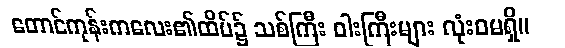
တောင်ကုန်းကလေး၏ထိပ်၌ သစ်ကြီး ဝါးကြီးများ လုံးဝမရှိ။